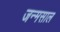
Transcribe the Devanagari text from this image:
जन्मसाल